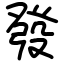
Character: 發